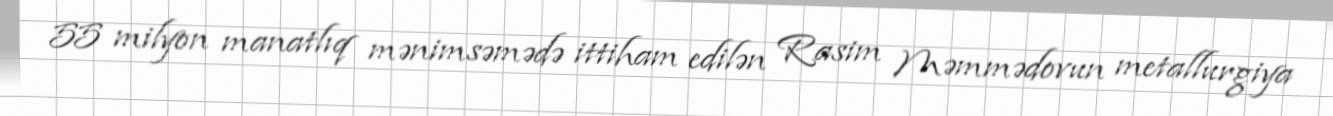
55 milyon manatlıq mənimsəmədə ittiham edilən Rasim Məmmədovun metallurgiya